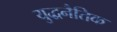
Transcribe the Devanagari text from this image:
युद्धनैतिक